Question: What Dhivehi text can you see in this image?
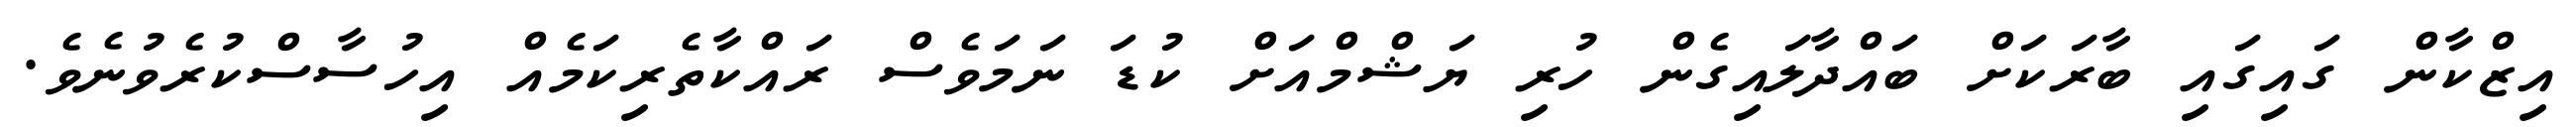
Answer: އިޒްކާން ގައިގައި ބާރަކަށް ބައްދާލައިގެން ހުރި ޔަޝްމްއަށް ކުޑަ ނަމަވެސް ރައްކާތެރިކަމެއް އިހުސާސްކުރެވުނެވެ.